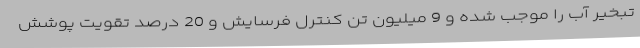
تبخیر آب را موجب شده و 9 میلیون تن کنترل فرسایش و 20 درصد تقویت پوشش